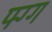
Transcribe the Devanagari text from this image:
फ्ग्ग